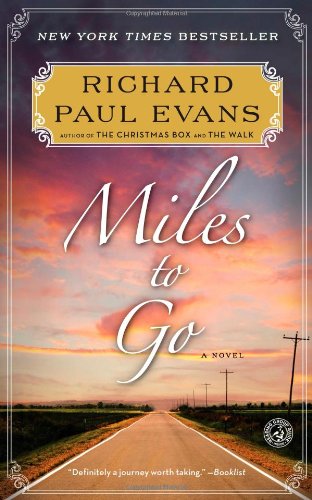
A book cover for Miles to Go (The Walk); Richard Paul Evans; Romance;